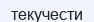
текучести